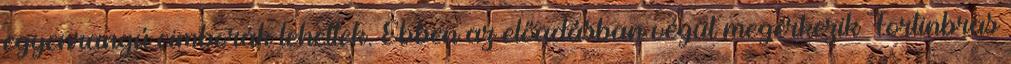
egyenrangú cimborák lehettek. Ebben az előadásban végül megérkezik Fortinbras